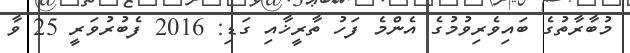
މުބާރާތުގެ ބައިވެރިވުމުގެ އެންމެ ފަހު ތާރީޚާއި ގަޑި: 2016 ފެބުރުވަރީ 25 ވާ